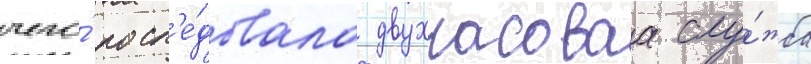
чего́ посл'е́довала двухчасоваа слу́жба